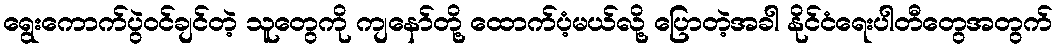
ရွေးကောက်ပွဲဝင်ချင်တဲ့ သူတွေကို ကျနော်တို့ ထောက်ပံ့မယ်လို့ ပြောတဲ့အခါ နိုင်ငံရေးပါတီတွေအတွက်